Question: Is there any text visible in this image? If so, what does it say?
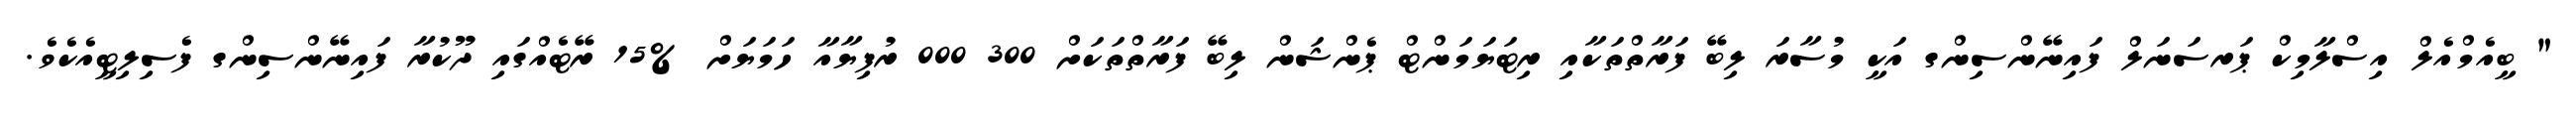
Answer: " ބީއެމްއެލް އިސްލާމިކް ޕަރސަނަލް ފައިނޭންސިންގ އަކީ މުސާރަ ލިބޭ ފަރާތްތަކާއި ރިޓަޔަމަންޓް ޕެންޝަން ލިބޭ ފަރާތްތަކަށް 300 000 ރުފިޔާއާ ހަމަޔަށް %15 ރޭޓެއްގައި ދޫކުރާ ފައިނޭންސިންގ ފެސިލިޓީއެކެވެ.